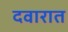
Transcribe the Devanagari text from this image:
दवारात